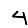
Digit: 4